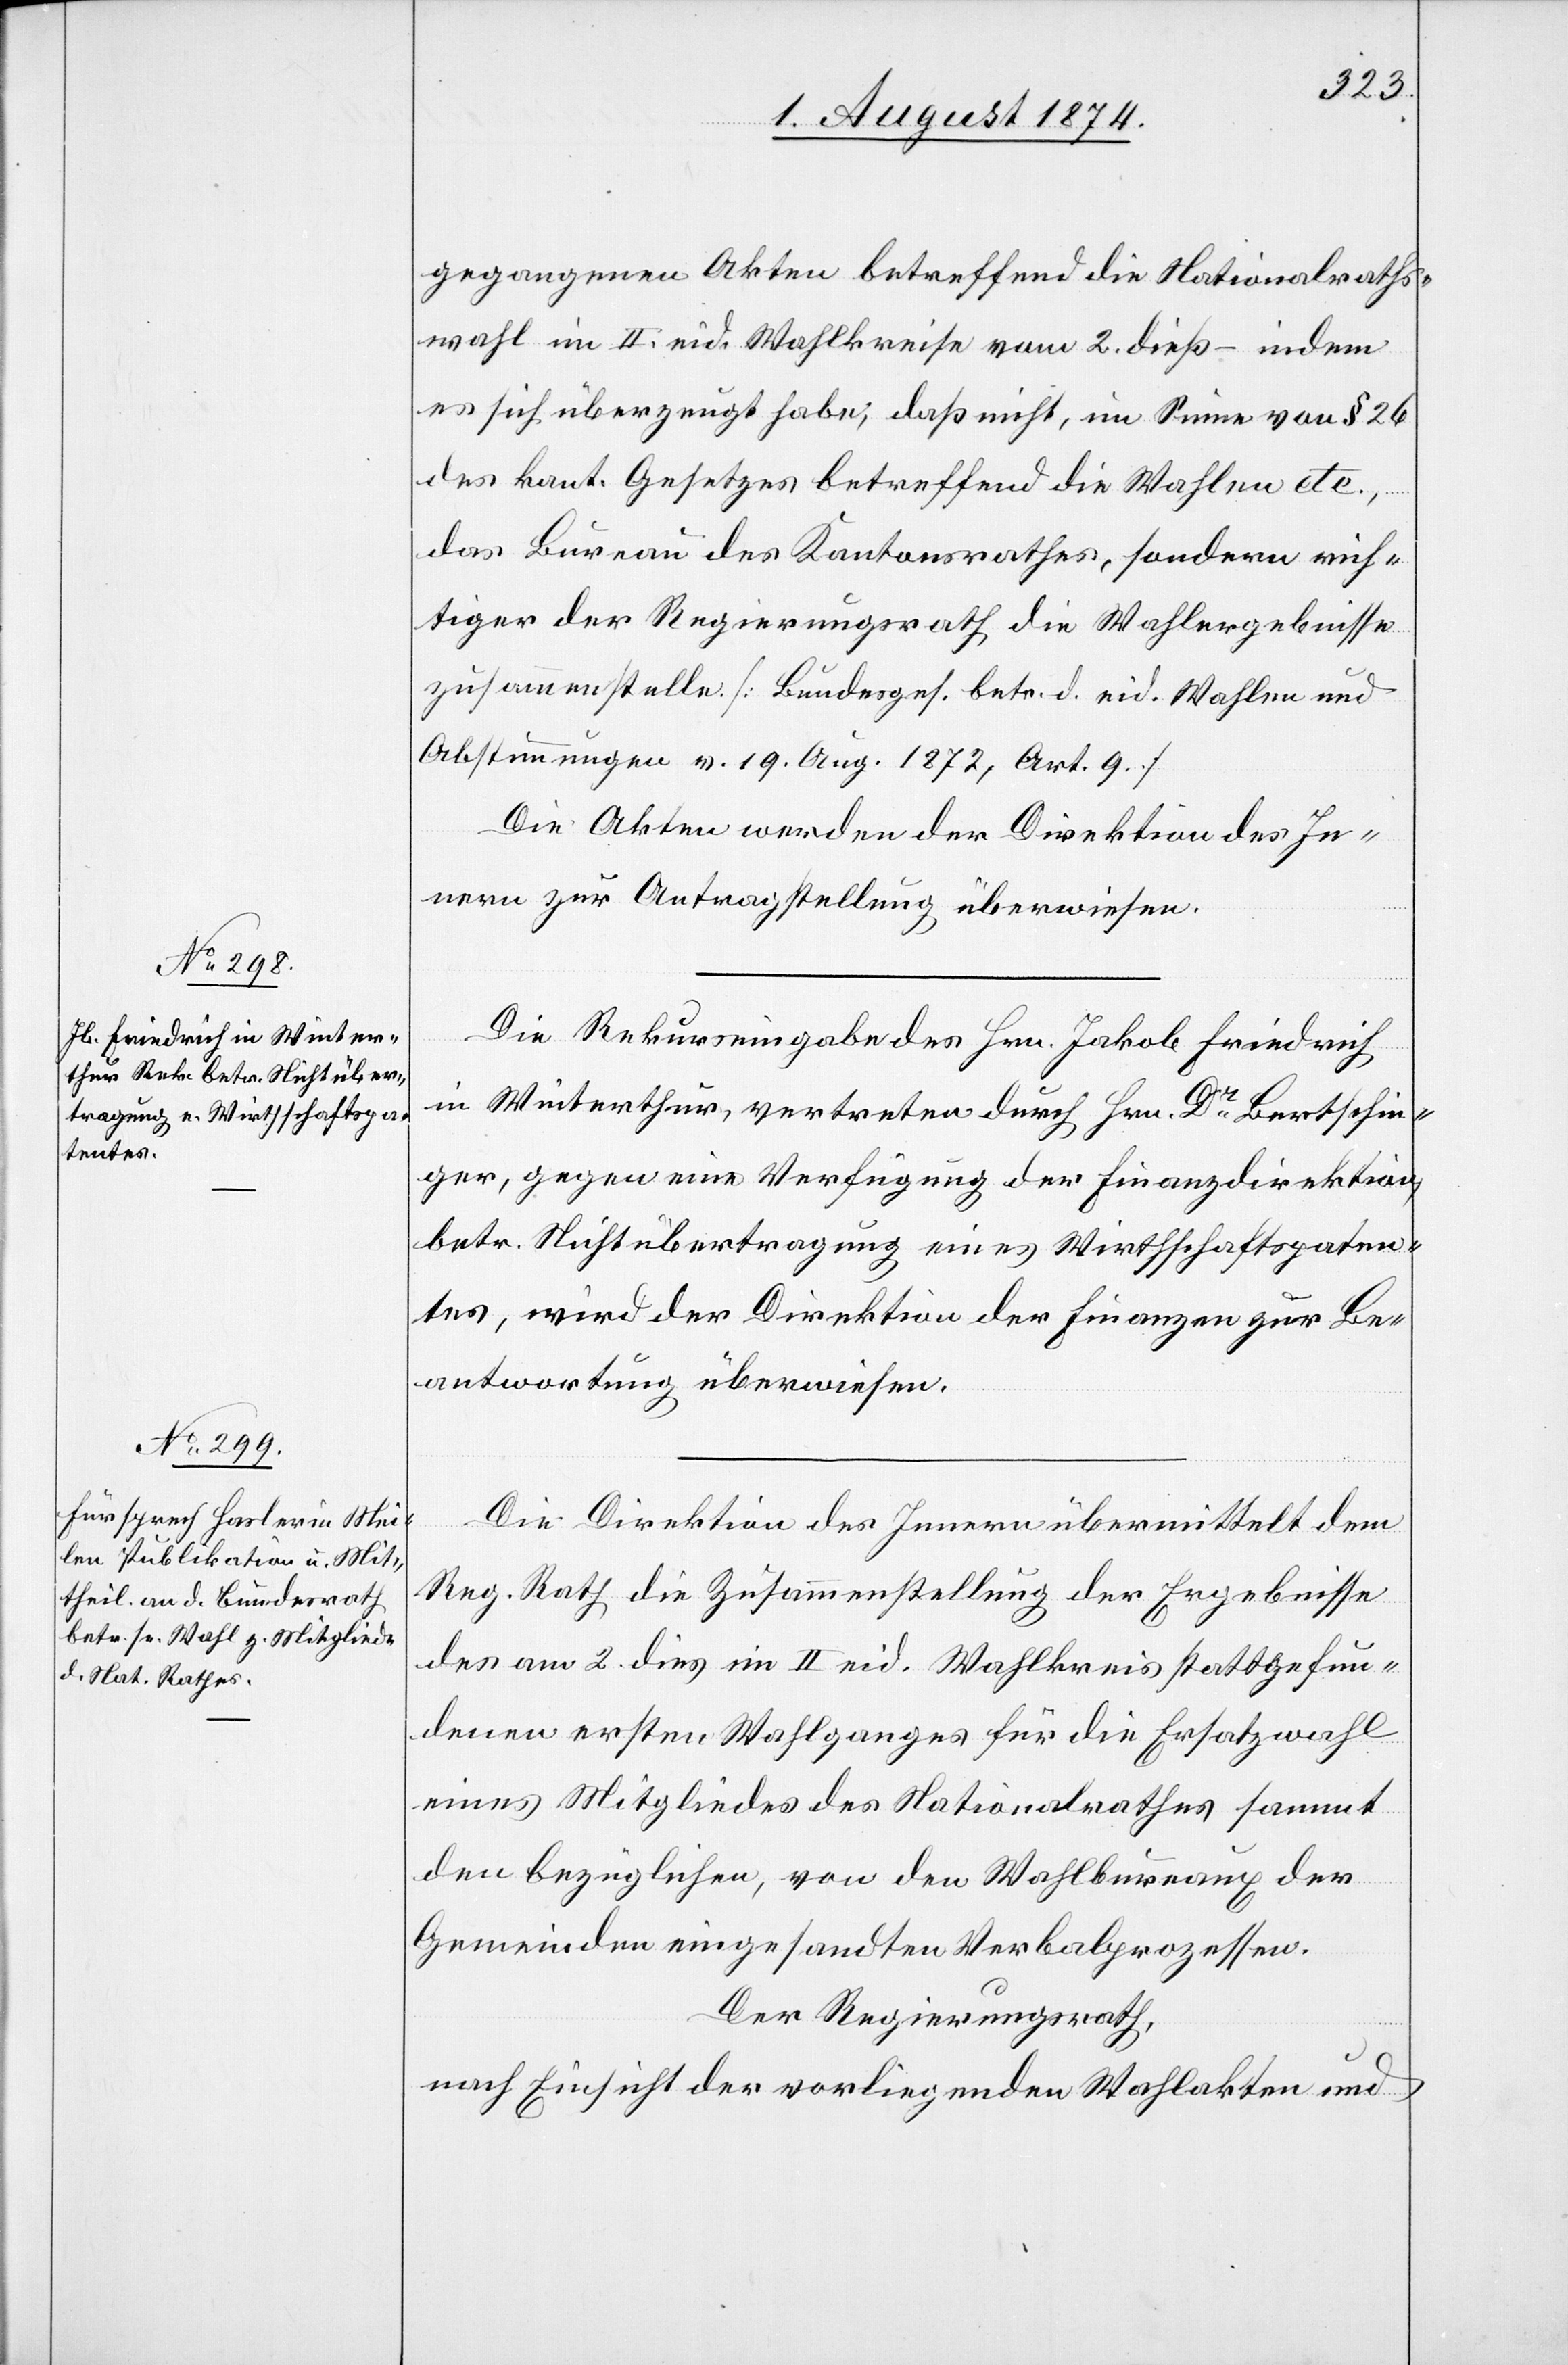
6. August 1874.]
gegangenen Akten betreffen die Nationalraths¬
wahl im II. eid. Wahlkreise vom 2. dieß – indem
es sich überzeugt habe, daß nicht, im Sinne von § 26
des kant. Gesetzes betreffend die Wahlen etc.,
das Bureau des Kantonsrathes, sondern rich¬
tiger der Regierungsrath die Wahlergebnisse
zusammenstelle. [Bundesges. betr. d. eid. Wahlen und
Abstimmungen v. 19. Aug. 1872, Art. 9]
Die Akten werden der Direktion des In¬
nern zur Antragstellung überwiesen.
Die Rekurseingabe des Hrn. Jakob Friedrich
in Winterthur, vertreten durch Hrn. Dr Bertschin¬
ger, gegen eine Verfügung der Finanzdirektion,
betr. Nichtübertragung eines Wirthschaftspaten¬
tes, wird der Direktion der Finanzen zur Be¬
antwortung überwiesen.
Die Direktion des Innern übermittelt dem
Reg. Rath die Zusammenstellung der Ergebnisse
des am 2. dies im II. eid. Wahlkreis stattgefun¬
denen ersten Wahlganges für die Ersatzwahl
eines Mitgliedes des Nationalrathes sammt
den bezüglichen, von den Wahlbureaux der
Gemeinden eingesandten Verbalprozessen.
Der Regierungsrath,
nach Einsicht der vorliegenden Wahlakten und